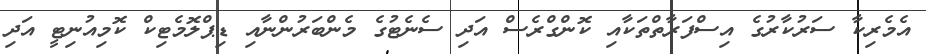
އެމެރިކާ ސަރުކާރުގެ އިސްފަރާތްތަކާއި ކޮންގްރެސް އަދި ސެނެޓުގެ މެންބަރުންނާއި ޑިޕްލޮމެޓިކް ކޮމިއުނިޓީ އަދި